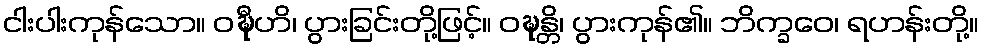
ငါးပါးကုန်သော။ ဝဍ္ဎီဟိ၊ ပွားခြင်းတို့ဖြင့်။ ဝဍ္ဎန္တိ၊ ပွားကုန်၏။ ဘိက္ခဝေ၊ ရဟန်းတို့။